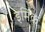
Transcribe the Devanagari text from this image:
इमिंक